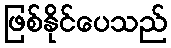
ဖြစ်နိုင်ပေသည်